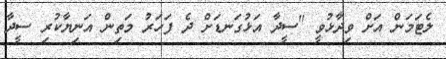
ލެޓަމަން އަށް ވިދާޅުވީ "ސީދާ އަޅުގަނޑަށް ދެ ފަހަރު މަތިން އަނިޔާކުރި ސީދާ